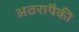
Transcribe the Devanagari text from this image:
अठरापैकी